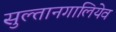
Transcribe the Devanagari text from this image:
सुल्तानगालियेव